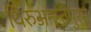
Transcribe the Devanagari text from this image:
थिरुअनन्तपुरम